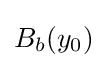
B_{b}(y_{0})